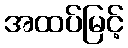
အထပ်မြင့်